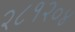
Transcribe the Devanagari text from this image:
२८१२०४